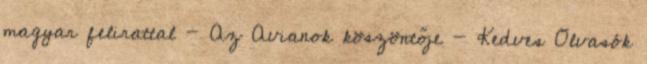
magyar felirattal - Az Avianok köszöntője - Kedves Olvasók